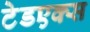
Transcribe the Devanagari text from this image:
टेडएक्स